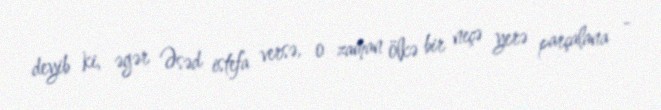
deyib ki, əgər Əsəd istefa versə, o zaman ölkə bir neçə yerə parçalana -